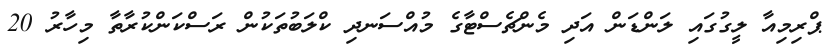
ޕްރިމިއާ ލީގުގައި ލަންޑަން އަދި މެންޗެސްޓާގެ މުއްސަނދި ކްލަބުތަކުން ރަސްކަންކުރާތާ މިހާރު 20